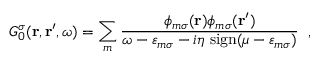
G _ { 0 } ^ { \sigma } ( \mathbf { r } , \mathbf { r } ^ { \prime } , \omega ) = \sum _ { m } \frac { \phi _ { m \sigma } ( \mathbf { r } ) \phi _ { m \sigma } ( \mathbf { r } ^ { \prime } ) } { \omega - \varepsilon _ { m \sigma } - i \eta \; \mathrm { s i g n } ( \mu - \varepsilon _ { m \sigma } ) } \; \; ,